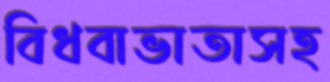
বিধবাভাতাসহ